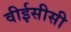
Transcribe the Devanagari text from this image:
वीईसीसी